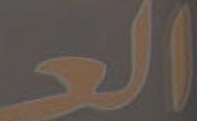
العـ